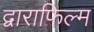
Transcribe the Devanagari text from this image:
द्वाराफिल्म